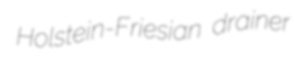
Holstein-Friesian drainer